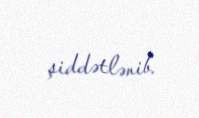
şiddətlənib.